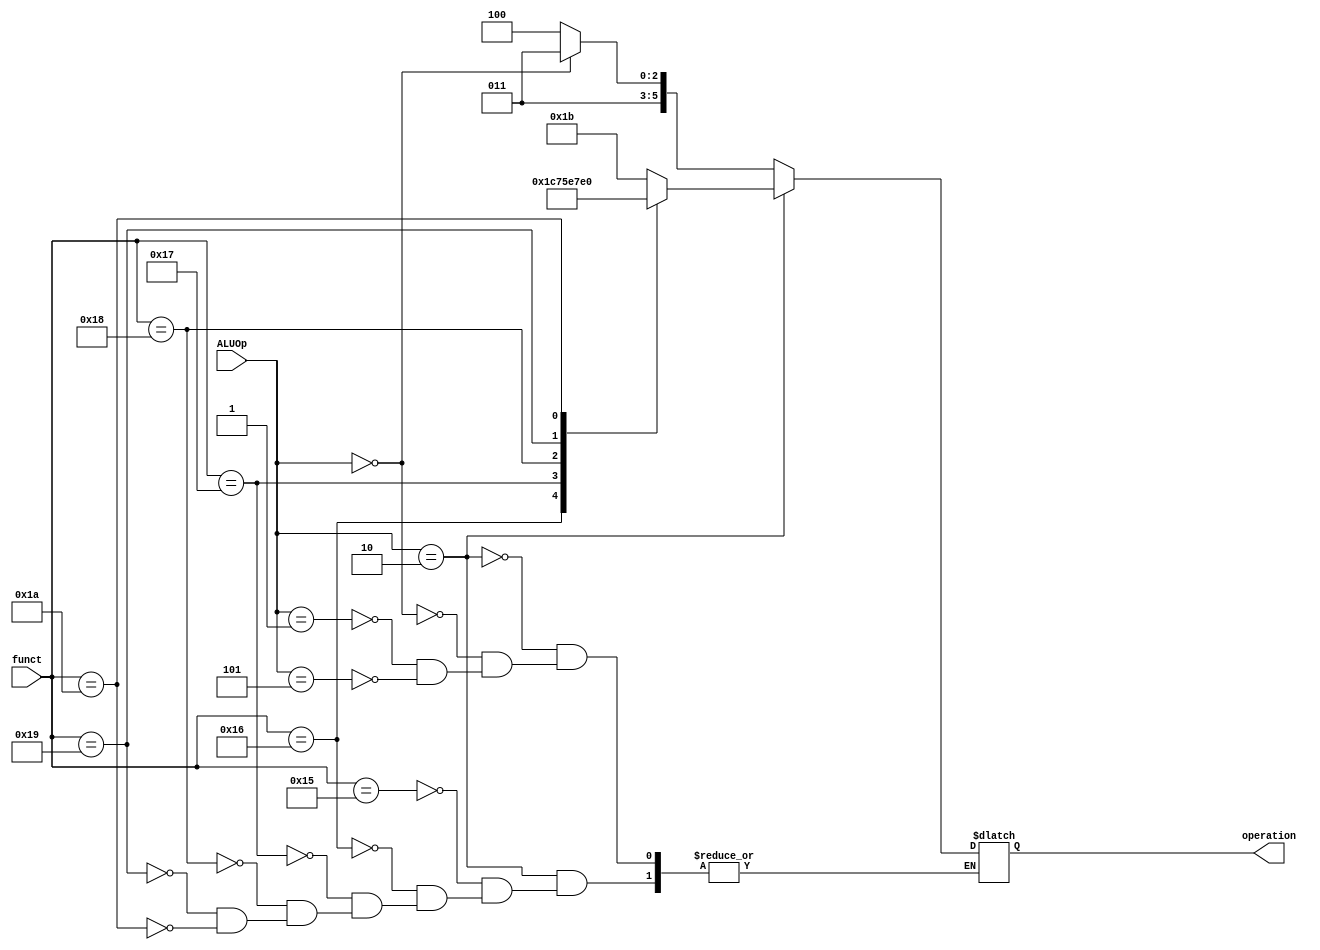
module ALUctrl(
    input [5:0] funct,
    input [2:0] ALUOp,
    output reg[5:0] operation
);
//funct or ALUOp
always@(*)begin
    if(ALUOp == 3'b010)begin
        case(funct)
        6'd21:
            operation <= 27;
        6'd22:
            operation <= 28;
        6'd23:
            operation <= 29;
        6'd24:
            operation <= 30;
        6'd25:
            operation <= 31;
        6'd26:
            operation <= 32;
        endcase
    end
    else if (ALUOp == 3'b000)begin //lw sw addi
        operation <= 27; //add
    end
    else if (ALUOp == 3'b001)begin //sbui 
        operation <= 28; //sub
    end
    else if (ALUOp == 3'b101)begin
        operation <= 28; //sub
    end
end

endmodule